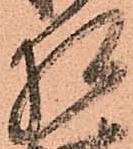
相